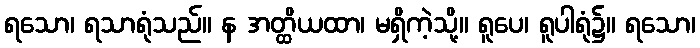
ရသော၊ ရသာရုံသည်။ န အတ္ထိယထာ၊ မရှိကဲ့သို့။ ရူပေ၊ ရူပါရုံ၌။ ရသော၊